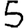
Digit: 5